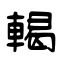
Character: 輵